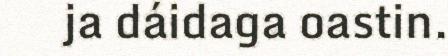
ja dáidaga oastin.